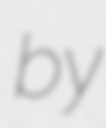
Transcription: by